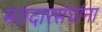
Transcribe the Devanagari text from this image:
मतदारसंघांना